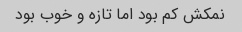
نمکش کم بود اما تازه و خوب بود